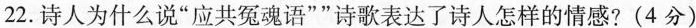
22.诗人为什么说”应共冤魂语””诗歌表达了诗人怎样的情感?(4分)